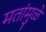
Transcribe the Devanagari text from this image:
मतांमुळे